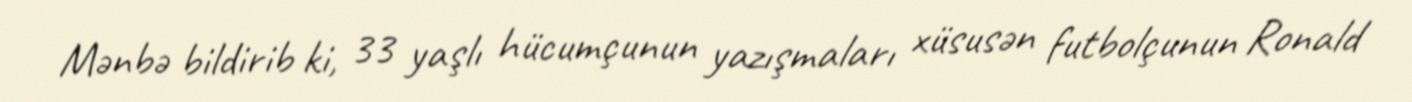
Mənbə bildirib ki, 33 yaşlı hücumçunun yazışmaları xüsusən futbolçunun Ronald